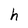
Character: h